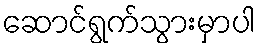
ဆောင်ရွက်သွားမှာပါ